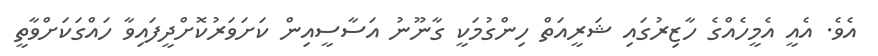
އެވެ. އެއީ އެމީހެއްގެ ހާޒިރުގައި ޝަރީއަތް ހިންގުމަކީ ގާނޫނު އަސާސީއިން ކަށަވަރުކޮށްދީފައިވާ ހައްގަކަށްވާތީ